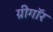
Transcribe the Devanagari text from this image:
ग्रीगॉर